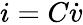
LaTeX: i=C\dot{v}